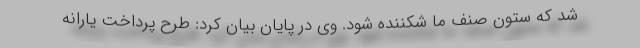
شد که ستون صنف ما شکننده شود. وی در پایان بیان کرد: طرح پرداخت یارانه